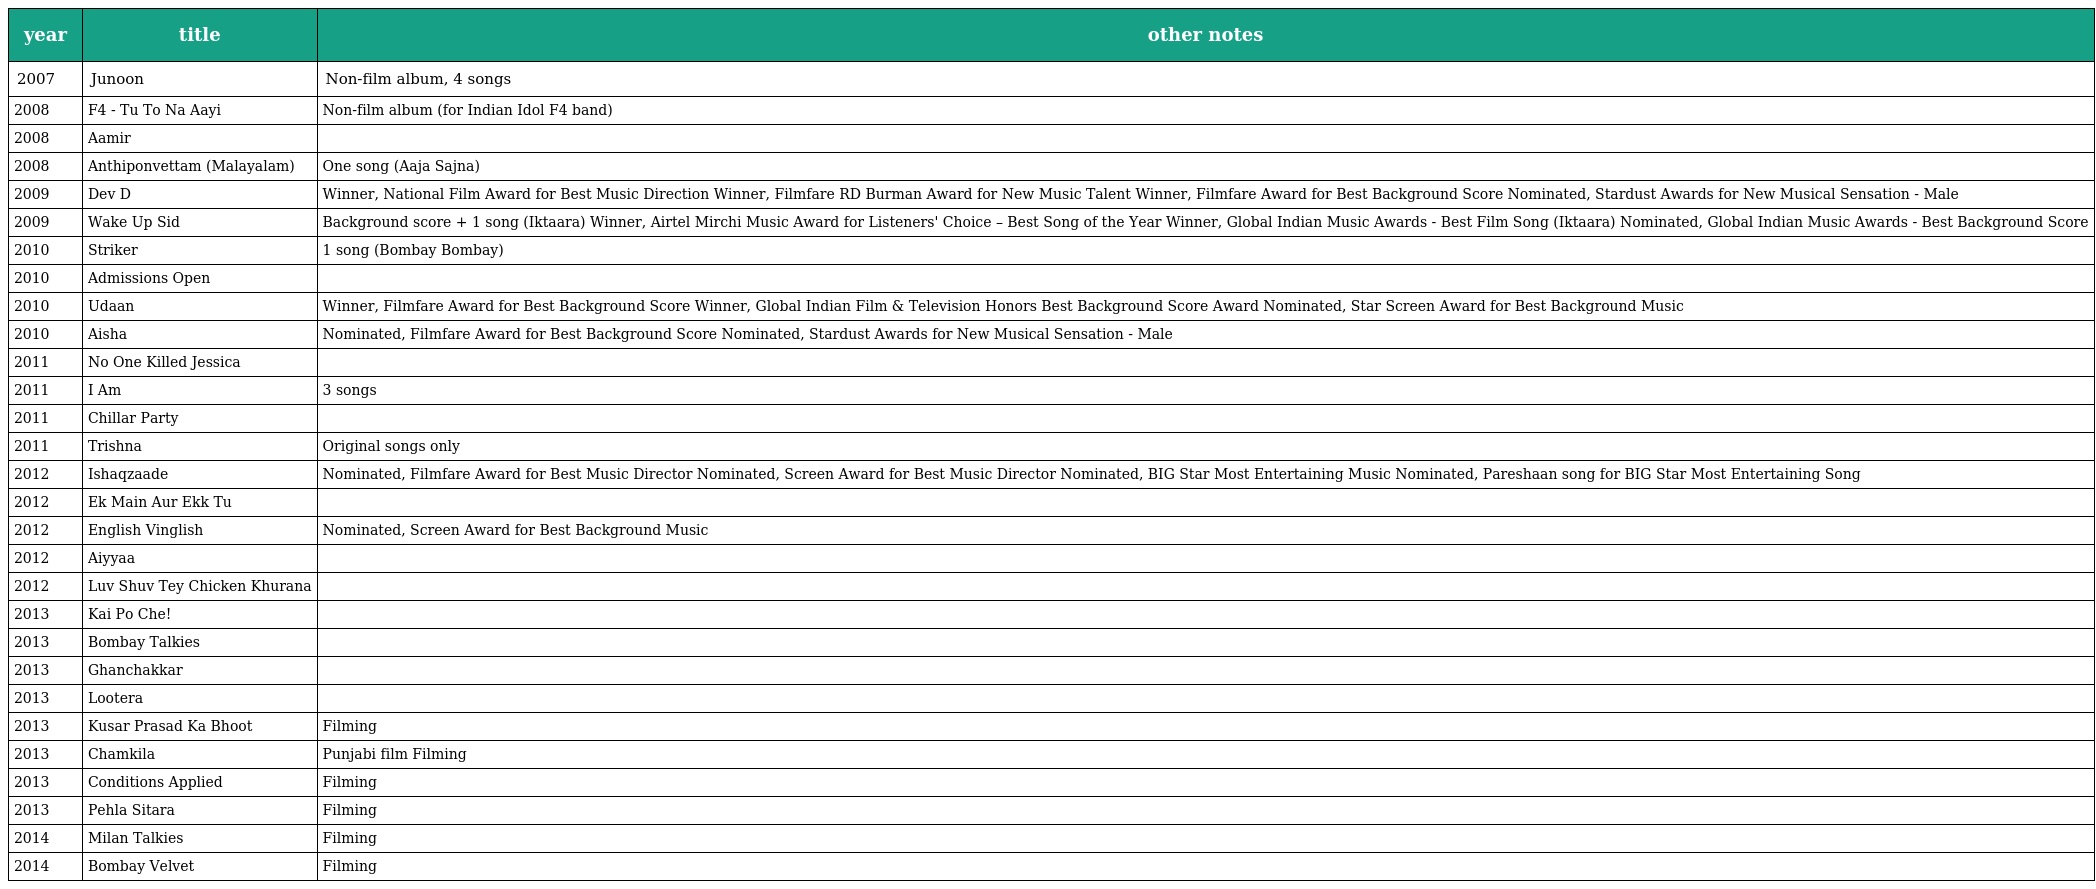
| year | title | other notes |
 | --- | --- | --- |
 | 2007 | Junoon | Non-film album, 4 songs |
 | 2008 | F4 - Tu To Na Aayi | Non-film album (for Indian Idol F4 band) |
 | 2008 | Aamir |  |
 | 2008 | Anthiponvettam (Malayalam) | One song (Aaja Sajna) |
 | 2009 | Dev D | Winner, National Film Award for Best Music Direction Winner, Filmfare RD Burman Award for New Music Talent Winner, Filmfare Award for Best Background Score Nominated, Stardust Awards for New Musical Sensation - Male |
 | 2009 | Wake Up Sid | Background score + 1 song (Iktaara) Winner, Airtel Mirchi Music Award for Listeners' Choice – Best Song of the Year Winner, Global Indian Music Awards - Best Film Song (Iktaara) Nominated, Global Indian Music Awards - Best Background Score |
 | 2010 | Striker | 1 song (Bombay Bombay) |
 | 2010 | Admissions Open |  |
 | 2010 | Udaan | Winner, Filmfare Award for Best Background Score Winner, Global Indian Film & Television Honors Best Background Score Award Nominated, Star Screen Award for Best Background Music |
 | 2010 | Aisha | Nominated, Filmfare Award for Best Background Score Nominated, Stardust Awards for New Musical Sensation - Male |
 | 2011 | No One Killed Jessica |  |
 | 2011 | I Am | 3 songs |
 | 2011 | Chillar Party |  |
 | 2011 | Trishna | Original songs only |
 | 2012 | Ishaqzaade | Nominated, Filmfare Award for Best Music Director Nominated, Screen Award for Best Music Director Nominated, BIG Star Most Entertaining Music Nominated, Pareshaan song for BIG Star Most Entertaining Song |
 | 2012 | Ek Main Aur Ekk Tu |  |
 | 2012 | English Vinglish | Nominated, Screen Award for Best Background Music |
 | 2012 | Aiyyaa |  |
 | 2012 | Luv Shuv Tey Chicken Khurana |  |
 | 2013 | Kai Po Che! |  |
 | 2013 | Bombay Talkies |  |
 | 2013 | Ghanchakkar |  |
 | 2013 | Lootera |  |
 | 2013 | Kusar Prasad Ka Bhoot | Filming |
 | 2013 | Chamkila | Punjabi film Filming |
 | 2013 | Conditions Applied | Filming |
 | 2013 | Pehla Sitara | Filming |
 | 2014 | Milan Talkies | Filming |
 | 2014 | Bombay Velvet | Filming |